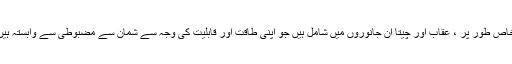
خاص طور پر ، عقاب اور چیتا ان جانوروں میں شامل ہیں جو اپنی طاقت اور قابلیت کی وجہ سے شمان سے مضبوطی سے وابستہ ہیں۔